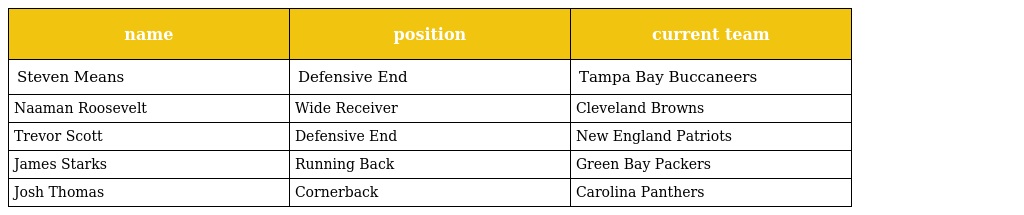
| name | position | current team |
 | --- | --- | --- |
 | Steven Means | Defensive End | Tampa Bay Buccaneers |
 | Naaman Roosevelt | Wide Receiver | Cleveland Browns |
 | Trevor Scott | Defensive End | New England Patriots |
 | James Starks | Running Back | Green Bay Packers |
 | Josh Thomas | Cornerback | Carolina Panthers |